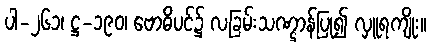
ပါ-၂၆၁၊ ဋ္ဌ-၁၉၀၊ ဗောဓိပင်၌ လခြမ်းသဏ္ဌာန်ပြု၍ လှူရကျိုး။